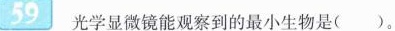
【59】光学显微镜能观察到的最小生物是()。